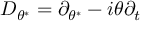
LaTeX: D _ { \theta ^ { \ast } } = \partial _ { \theta ^ { \ast } } - i \theta \partial _ { t }